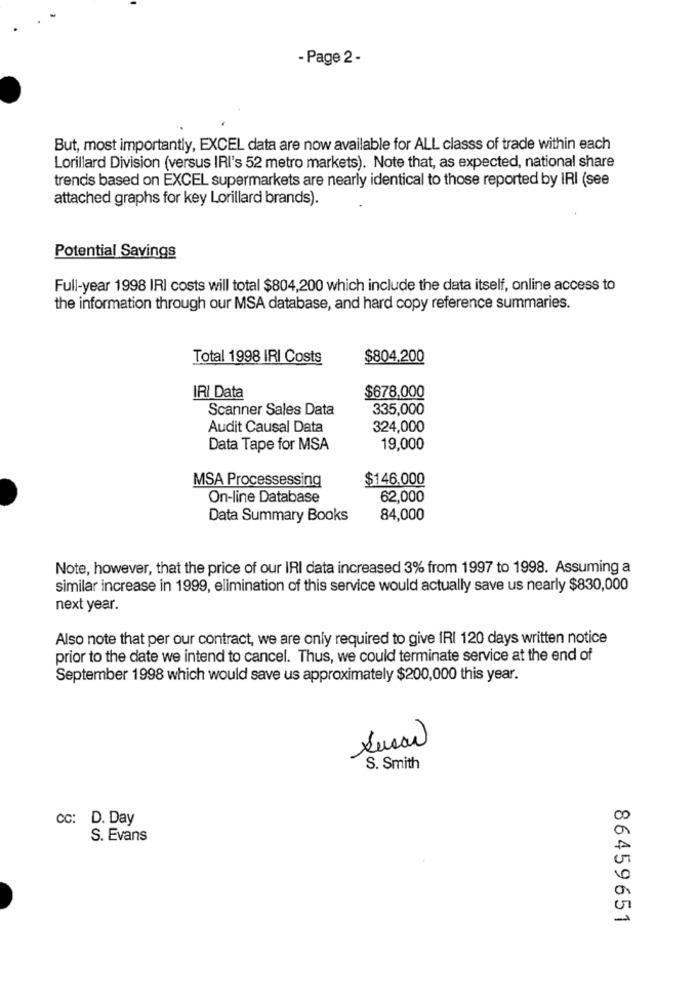
- Page 2 -
But, most importantly, EXCEL data are now available for ALL classs of trade within each
Lorillard Division (versus IRI's 52 metro markets). Note that, as expected, national share
trends based on EXCEL supermarkets are nearly identical to those reported by IRI (see
attached graphs for key Lorillard brands).
Potential Savings
Full-year 1998 IRI costs will total $804,200 which include the data itself, online access to
the information through our MSA database, and hard copy reference summaries.
Total 1998 IRI Costs
$804,200
IRI Data
$678,000
Scanner Sales Data
335,000
Audit Causal Data
324,000
Data Tape for MSA
19,000
MSA Processessing
$146.000
On-line Database
62,000
Data Summary Books
84,000
Note, however, that the price of our IRI data increased 3% from 1997 to 1998. Assuming a
similar increase in 1999, elimination of this service would actually save us nearly $830,000
next year.
Also note that per our contract, we are only required to give IRI 120 days written notice
prior to the date we intend to cancel. Thus, we could terminate service at the end of
September 1998 which would save us approximately $200,000 this year.
S. Smith
CC: D. Day
00
S. Evans
0
86459651